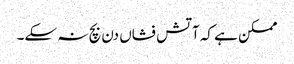
ممکن ہے کہ آتش فشاں دن بچ نہ سکے۔